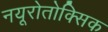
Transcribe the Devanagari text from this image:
नयूरोतोक्सिक